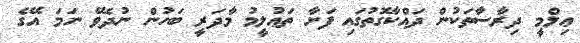
ޢިލްމީ ދިރާސާތަކުން ދައްކާގޮތުގައި ފަށާ ތަޢުލީމު މާދަރީ ބަހުން ނުދެވޭ ނަމަ އޭގެ